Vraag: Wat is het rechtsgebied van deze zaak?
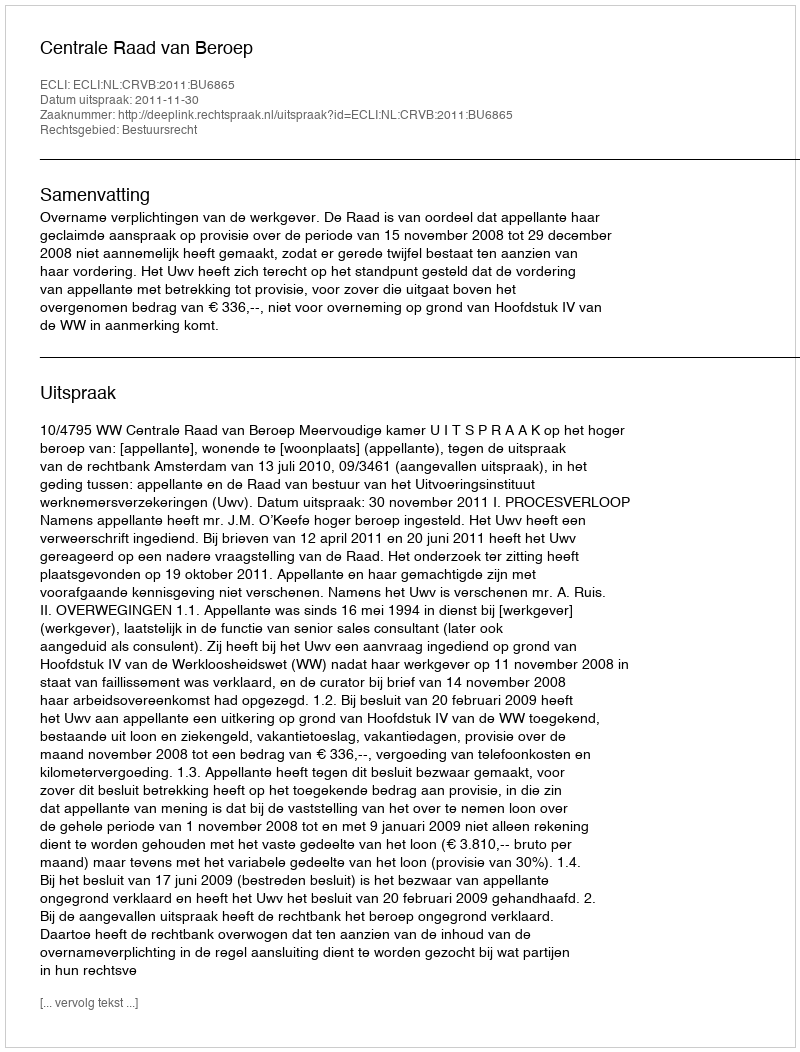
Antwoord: Bestuursrecht